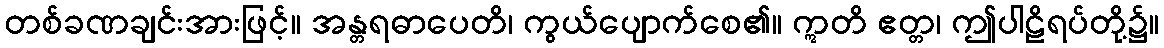
တစ်ခဏချင်းအားဖြင့်။ အန္တရဓာပေတိ၊ ကွယ်ပျောက်စေ၏။ ဣတိ ဧတ္တ၊ ဤပါဠိရပ်တို့၌။